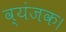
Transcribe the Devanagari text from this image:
व्यंजक।